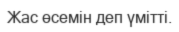
Жас өсемін деп үмітті.